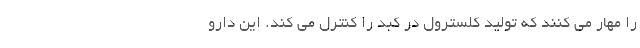
را مهار می کنند که تولید کلسترول در کبد را کنترل می کند. این دارو